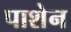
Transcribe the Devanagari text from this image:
पाशेन